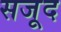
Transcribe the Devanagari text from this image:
सजूद